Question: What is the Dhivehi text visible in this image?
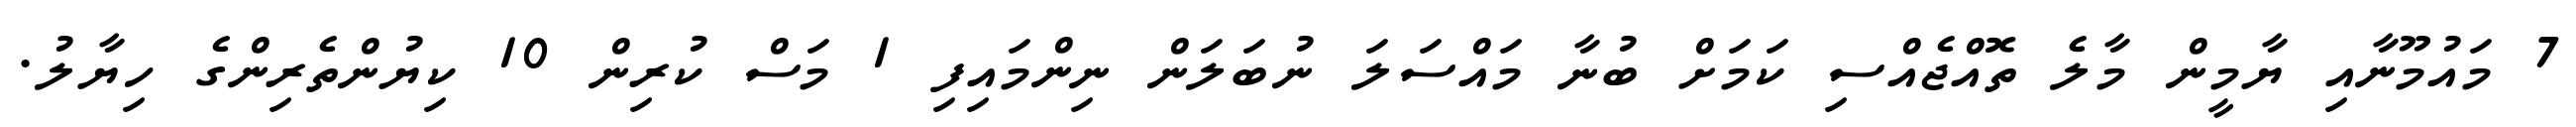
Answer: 7 މައުމޫނާއި ޔާމީން މާލެ ތޮއްޖެއްސި ކަމަށް ބުނާ މައްސަލަ ނުބަލަން ނިންމައިފި 1 މަސް ކުރިން 10 ކިޔުންތެރިންގެ ހިޔާލު.